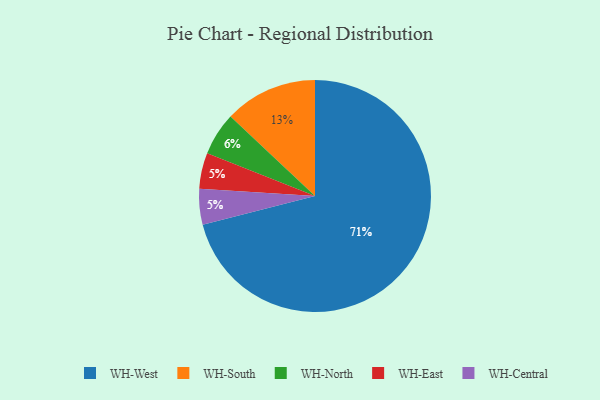
{"axis": {"x": "Category", "y": "Percentage"}, "legend": ["WH-Central", "WH-East", "WH-North", "WH-South", "WH-West"], "data": [{"x": "WH-West", "y": 71, "type": "WH-West"}, {"x": "WH-East", "y": 5, "type": "WH-East"}, {"x": "WH-South", "y": 13, "type": "WH-South"}, {"x": "WH-Central", "y": 5, "type": "WH-Central"}, {"x": "WH-North", "y": 6, "type": "WH-North"}]}